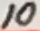
Text: 10